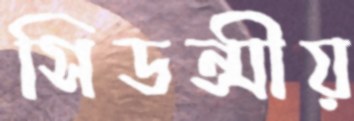
সিডন্সীয়